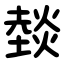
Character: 燅